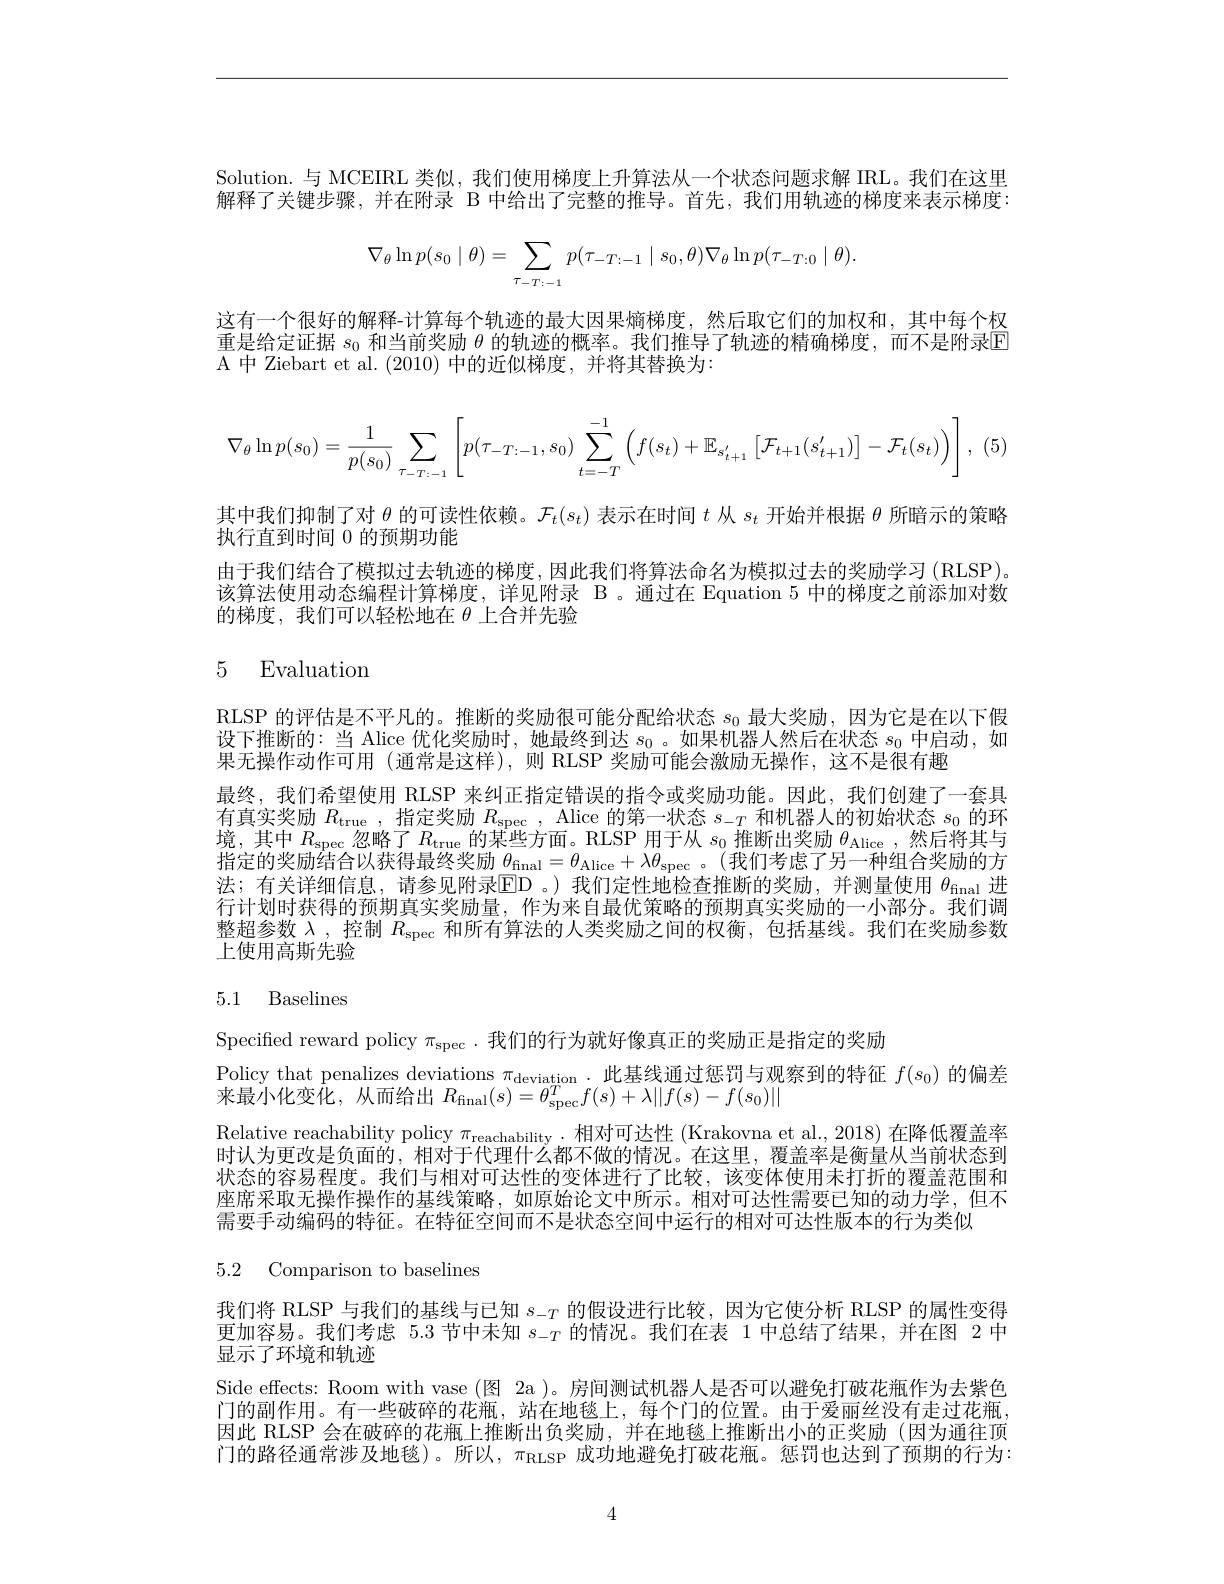
Solution.与 MCEIRL 类似，我们使用梯度上升算法从一个状态问题求解 IRL。我们在这里解释了关键步骤，并在附录 B 中给出了完整的推导。首先，我们用轨迹的梯度来表示梯度：
$$\nabla_\theta\ln p(s_0\mid\theta)=\sum_{\tau_{-T:-1}}p(\tau_{-T:-1}\mid s_0,\theta)\nabla_\theta\ln p(\tau_{-T:0}\mid\theta).$$
这有一个很好的解释-计算每个轨迹的最大因果熵梯度，然后取它们的加权和，其中每个权重是给定证据$s_0$和当前奖励$\theta$的轨迹的概率。我们推导了轨迹的精确梯度，而不是附录$\mathbb{E}$ A 中 Ziebart et al. (2010) 中的近似梯度，并将其替换为：
$$\nabla_\theta\ln p(s_0)=\frac{1}{p(s_0)}\sum_{\tau_{-T:-1}}\left[p(\tau_{-T:-1},s_0)\sum_{t=-T}^{-1}\left(f(s_t)+\mathbb{E}_{s_{t+1}'}\left[\mathcal{F}_{t+1}(s_{t+1}')\right]-\mathcal{F}_t(s_t)\right)\right],$$
其中我们抑制了对$\theta$的可读性依赖。$\mathcal{F}_t(s_t)$表示在时间$t$从$s_t$开始并根据$\theta$所暗示的策略
执行直到时间 0 的预期功能
由于我们结合了模拟过去轨迹的梯度，因此我们将算法命名为模拟过去的奖励学习(RLSP)。该算法使用动态编程计算梯度，详见附录 B。通过在 Equation 5 中的梯度之前添加对数的梯度，我们可以轻松地在$\theta$上合并先验

# 5 Evaluation

RLSP 的评估是不平凡的。推断的奖励很可能分配给状态$s_0$最大奖励，因为它是在以下假设下推断的：当 Alice 优化奖励时，她最终到达$s_0$。如果机器人然后在状态$s_0$中启动，如果无操作动作可用 (通常是这样),则 RLSP 奖励可能会激励无操作，这不是很有趣
最终，我们希望使用 RLSP 来纠正指定错误的指令或奖励功能。因此，我们创建了一套具有真实奖励$R_\mathrm{true}$,指定奖励$R_\mathrm{spec}$, Alice 的第一状态$s_-T$和机器人的初始状态$s_0$的环境，其中$R_\mathrm{spec}$忽略了$R_\mathrm{true}$的某些方面。RLSP 用于从$s_0$推断出奖励$\theta_\mathrm{Alice}$ ,然后将其与指定的奖励结合以获得最终奖励$\theta_\mathrm{final}=\theta_\mathrm{Alice}+\lambda\theta_\mathrm{spec}$ 。(我们考虑了另一种组合奖励的方法；有关详细信息，请参见附录ED 。)我们定性地检查推断的奖励，并测量使用 $\theta_\mathrm{final}$ 进行计划时获得的预期真实奖励量，作为来自最优策略的预期真实奖励的一小部分。我们调整超参数$\lambda$ ,控制$R_\mathrm{spec}$和所有算法的人类奖励之间的权衡，包括基线。我们在奖励参数上使用高斯先验

# 5.1 Baselines

Specified reward policy $\pi_\mathrm{spec}$ .我们的行为就好像真正的奖励正是指定的奖励
Policy that penalizes deviations $\pi_{\mathrm{deviation}}.$此基线通过惩罚与观察到的特征$f(s_0)$的偏差
来最小化变化，从而给出$R_\mathrm{final}(s)=\theta_\mathrm{spec}^Tf(s)+\lambda\|f(s)-f(s_0)\|$

Relative reachability policy $\pi_\mathrm{reachability}\cdot$相对可达性 (Krakovna et al., 2018) 在降低覆盖率时认为更改是负面的，相对于代理什么都不做的情况。在这里，覆盖率是衡量从当前状态到状态的容易程度。我们与相对可达性的变体进行了比较，该变体使用未打折的覆盖范围和座席采取无操作操作的基线策略，如原始论文中所示。相对可达性需要已知的动力学，但不需要手动编码的特征。在特征空间而不是状态空间中运行的相对可达性版本的行为类似

5.2 Comparison to baselines

我们将 RLSP 与我们的基线与已知$s_-T$的假设进行比较，因为它使分析 RLSP 的属性变得更加容易。我们考虑 5.3 节中未知$s_-T$的情况。我们在表 1 中总结了结果，并在图 2 中显示了环境和轨迹
Side effects: Room with vase (图 2a )。房间测试机器人是否可以避免打破花瓶作为去紫色门的副作用。有一些破碎的花瓶，站在地毯上，每个门的位置。由于爱丽丝没有走过花瓶， 因此 RLSP 会在破碎的花瓶上推断出负奖励，并在地毯上推断出小的正奖励(因为通往顶门的路径通常涉及地毯)。所以，$\pi_\mathrm{RLSP}$成功地避免打破花瓶。惩罚也达到了预期的行为：

4